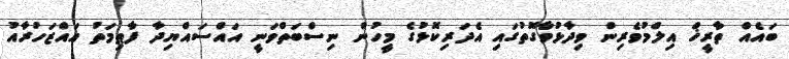
ބައެއް ތާރީޚް އިލްމުވެރިން ވިދާޅުވާގޮތުގައި އެދަރިކޮޅުގެ މީހުން ނިސްބަތްވަނީ އައްސައްޔިދާ ފާޠިމަތު އައްޒަހުރާއު